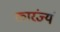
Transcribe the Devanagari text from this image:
कारंज्यं